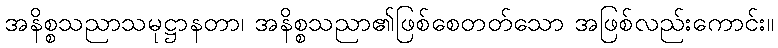
အနိစ္စသညာသမုဋ္ဌာနတာ၊ အနိစ္စသညာ၏ဖြစ်စေတတ်သော အဖြစ်လည်းကောင်း။